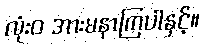
လုံးဝ အားမနာကြပါနှင့်။